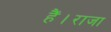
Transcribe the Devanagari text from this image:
हैं।राजा